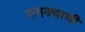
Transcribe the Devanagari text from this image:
समक्वाथी